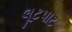
લૂટપાટ